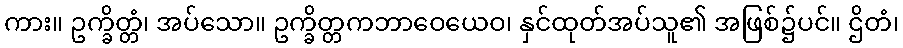
ကား။ ဥက္ခိတ္တံ၊ အပ်သော။ ဥက္ခိတ္တကဘာဝေယေဝ၊ နှင်ထုတ်အပ်သူ၏ အဖြစ်၌ပင်။ ဌိတံ၊